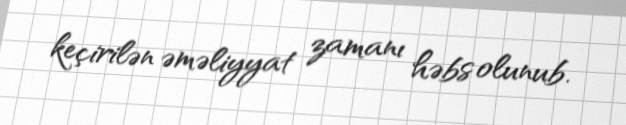
keçirilən əməliyyat zamanı həbs olunub.